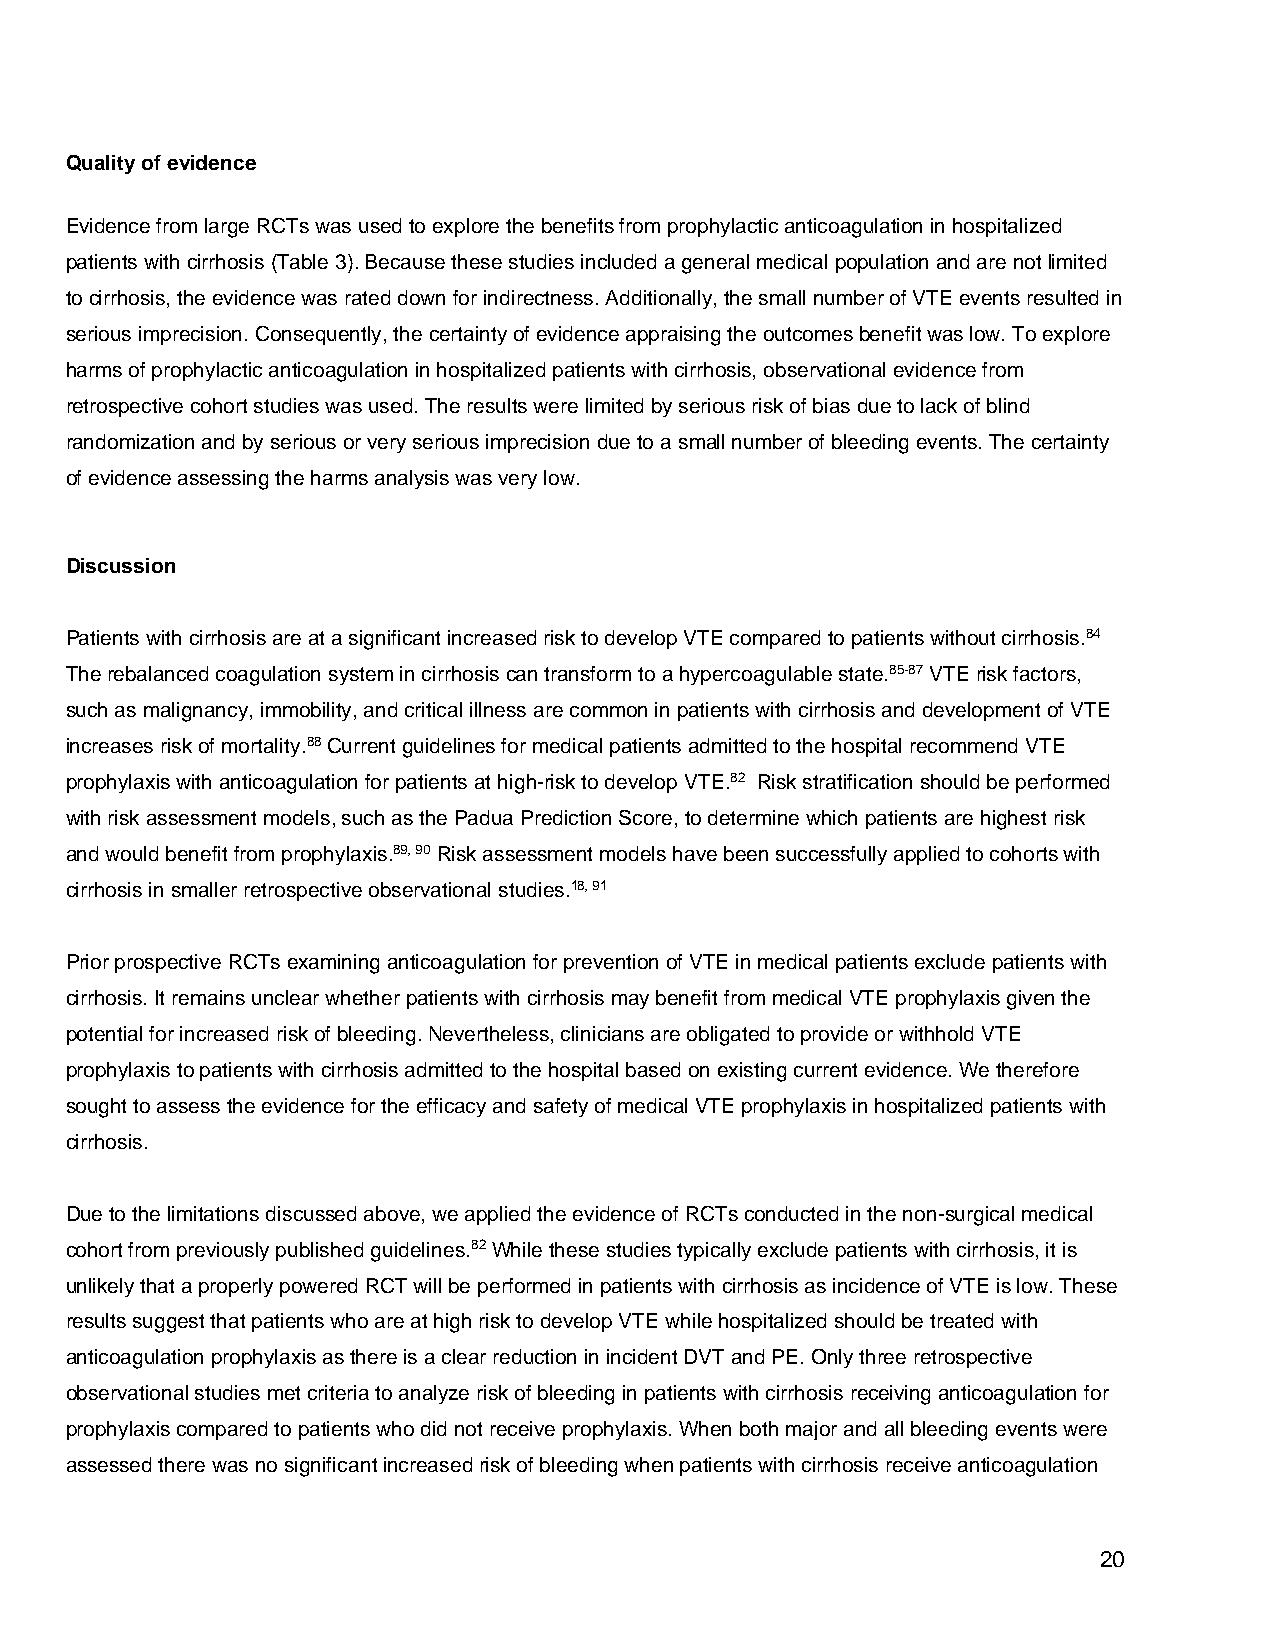
Quality of evidence
 Evidence from large RCTs was used to explore the benefits from prophylactic anticoagulation in hospitalized
 patients with cirrhosis (Table 3). Because these studies included a general medical population and are not limited
 to cirrhosis, the evidence was rated down for indirectness. Additionally, the small number of VTE events resulted in
 serious imprecision. Consequently, the certainty of evidence appraising the outcomes benefit was low. To explore
 harms of prophylactic anticoagulation in hospitalized patients with cirrhosis, observational evidence from
 retrospective cohort studies was used. The results were limited by serious risk of bias due to lack of blind
 randomization and by serious or very serious imprecision due to a small number of bleeding events. The certainty
 of evidence assessing the harms analysis was very low.
 Discussion
 Patients with cirrhosis are at a significant increased risk to develop VTE compared to patients without cirrhosis.84
 The rebalanced coagulation system in cirrhosis can transform to a hypercoagulable state.85-87 VTE risk factors,
 such as malignancy, immobility, and critical illness are common in patients with cirrhosis and development of VTE
 increases risk of mortality.88 Current guidelines for medical patients admitted to the hospital recommend VTE
 prophylaxis with anticoagulation for patients at high-risk to develop VTE.82 Risk stratification should be performed
 with risk assessment models, such as the Padua Prediction Score, to determine which patients are highest risk
 and would benefit from prophylaxis.89, 90 Risk assessment models have been successfully applied to cohorts with
 cirrhosis in smaller retrospective observational studies.18, 91
 Prior prospective RCTs examining anticoagulation for prevention of VTE in medical patients exclude patients with
 cirrhosis. It remains unclear whether patients with cirrhosis may benefit from medical VTE prophylaxis given the
 potential for increased risk of bleeding. Nevertheless, clinicians are obligated to provide or withhold VTE
 prophylaxis to patients with cirrhosis admitted to the hospital based on existing current evidence. We therefore
 sought to assess the evidence for the efficacy and safety of medical VTE prophylaxis in hospitalized patients with
 cirrhosis.
 Due to the limitations discussed above, we applied the evidence of RCTs conducted in the non-surgical medical
 cohort from previously published guidelines.82 While these studies typically exclude patients with cirrhosis, it is
 unlikely that a properly powered RCT will be performed in patients with cirrhosis as incidence of VTE is low. These
 results suggest that patients who are at high risk to develop VTE while hospitalized should be treated with
 anticoagulation prophylaxis as there is a clear reduction in incident DVT and PE. Only three retrospective
 observational studies met criteria to analyze risk of bleeding in patients with cirrhosis receiving anticoagulation for
 prophylaxis compared to patients who did not receive prophylaxis. When both major and all bleeding events were
 assessed there was no significant increased risk of bleeding when patients with cirrhosis receive anticoagulation
 20